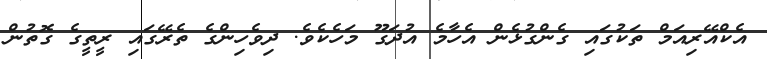
އެކްއޭރިއަމް ތަކުގައި ގެންގުޅެން އެހާމެ އުދަގޫ މަހެކެވެ. ދިވެހިންގެ ތެރޭގައި ރީތީގެ ގޮތުން